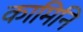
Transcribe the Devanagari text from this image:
कामिनि